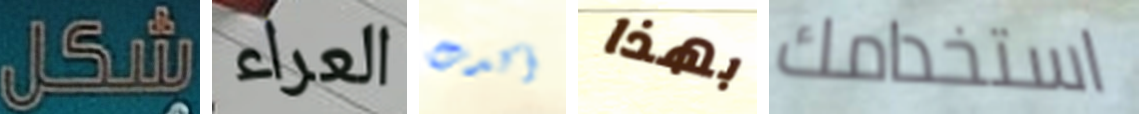
شكل العراء أكدت بهذا استخدامك